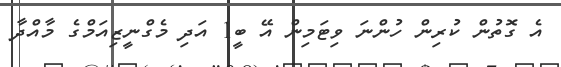
އެ ގޮތުން ކުރިން ހުންނަ ވިޓަމިން އޭ ބީ1 އަދި މެގްނީޒިއަމްގެ މާއްދާ